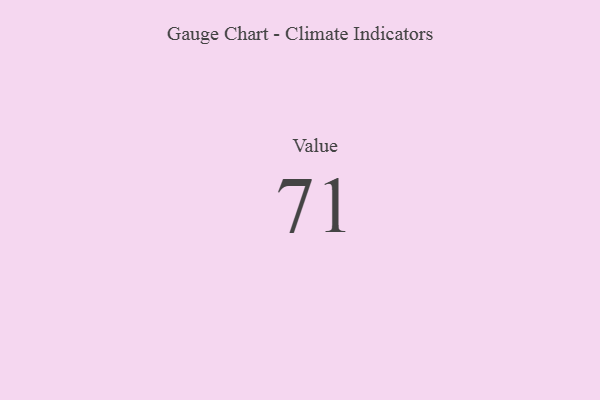
{"axis": {"x": "Metric", "y": "Value"}, "legend": [""], "data": [{"x": "Value", "y": 71, "type": ""}]}